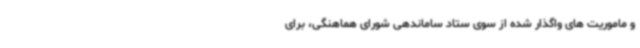
و ماموریت های واگذار شده از سوی ستاد ساماندهی شورای هماهنگی، برای